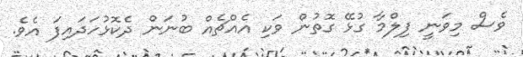
ވެސް މިވަނީ ފިލްމާ ގުޅޭ ގޮތުން ވަކި އެއްޗެއް ބުނަން ދެކޮޅުހަދައިފަ އެވެ.